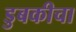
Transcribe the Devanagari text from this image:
डुबकीचा